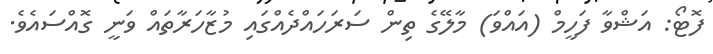
ފޮޓޯ: އަޝްވާ ފަހީމް (އައްވަ) މާލޭގެ ތިން ސަރަހައްދެއްގައި މުޒާހަރާތައް ވަނީ ގޮއްސައެވެ.